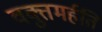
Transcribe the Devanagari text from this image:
वक्तुमर्हति